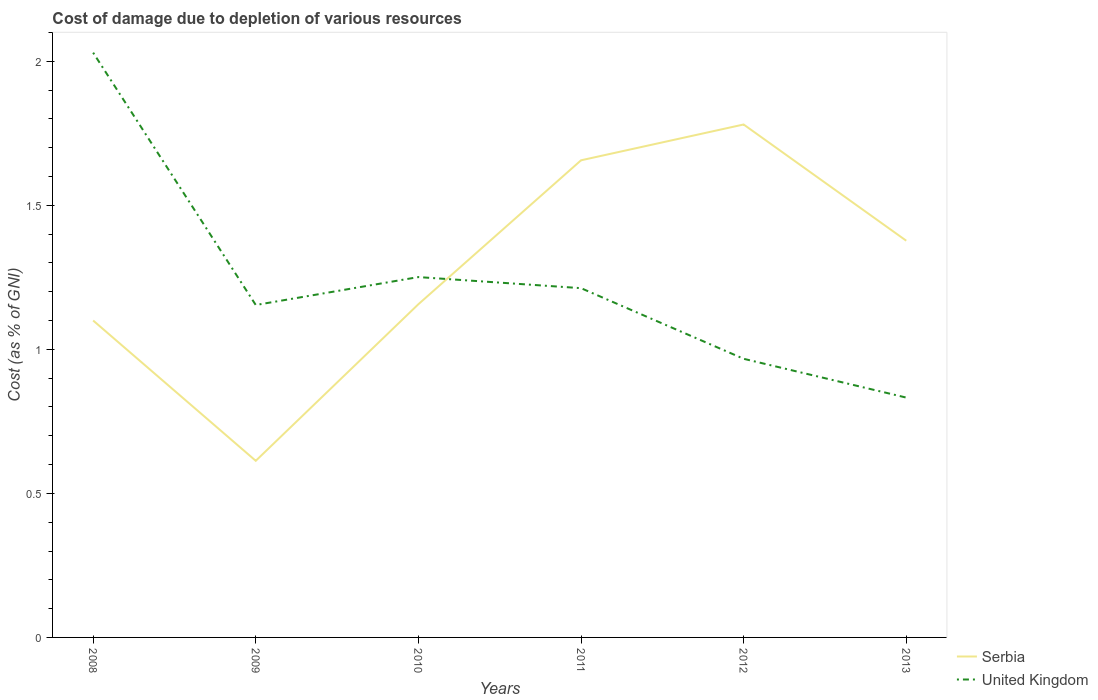
| Years | Serbia | United Kingdom |
 | --- | --- | --- |
 | 2008 | 1.1 | 2.03 |
 | 2009 | 0.613 | 1.15 |
 | 2010 | 1.16 | 1.25 |
 | 2011 | 1.66 | 1.21 |
 | 2012 | 1.78 | 0.967 |
 | 2013 | 1.38 | 0.833 |